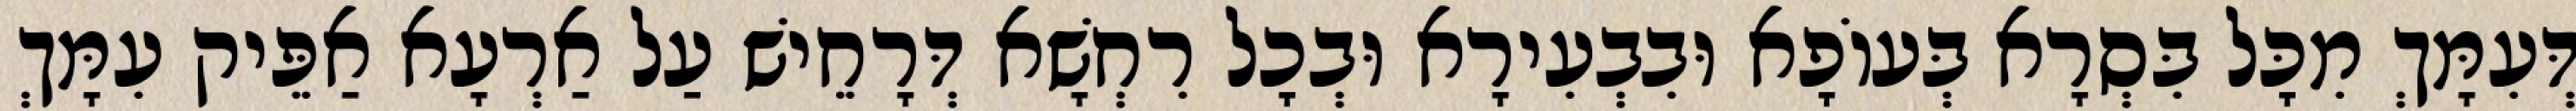
דְּעִמָּךְ מִכָּל בִּסְרָא בְּעוֹפָא וּבִבְעִירָא וּבְכָל רִחְשָׁא דְּרָחֵישׁ עַל אַרְעָא אַפֵּיק עִמָּךְ